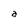
Character: a